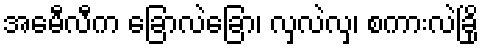
အမေီလီက ခြောလဲခြော၊ လှလဲလှ၊ စကားလဲခြို